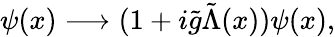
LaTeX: \psi(x)\longrightarrow(1+i{\tilde{g}}{\tilde{\Lambda}}(x))\psi(x),